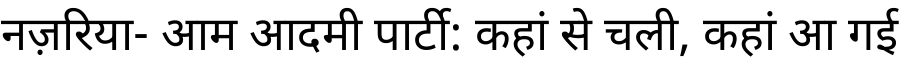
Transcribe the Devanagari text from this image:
नज़रिया- आम आदमी पार्टी: कहां से चली, कहां आ गई